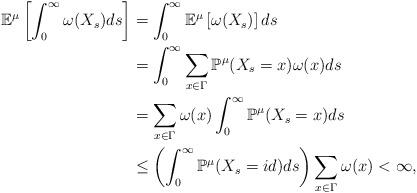
LaTeX: \begin{align*}\mathbb{E}^{\mu}\left[\int_0^{\infty}\omega(X_s)ds\right]&=\int_0^{\infty}\mathbb{E}^{\mu}\left[\omega(X_s)\right]ds\\&=\int_0^{\infty}\sum_{x\in\Gamma}\mathbb{P}^{\mu}(X_s=x)\omega(x)ds\\&=\sum_{x\in\Gamma}\omega(x)\int_0^{\infty}\mathbb{P}^{\mu}(X_s=x)ds\\&\leq \left(\int_0^{\infty}\mathbb{P}^{\mu}(X_s=id)ds\right)\sum_{x\in\Gamma}\omega(x)<\infty,\end{align*}